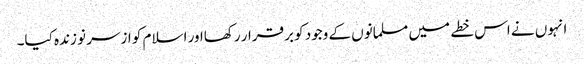
انہوں نے اس خطے میں مسلمانوں کے وجود کو برقرار رکھااور اسلام کو ازسر نو زندہ کیا۔